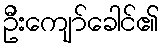
ဦးကျော်ခေါင်၏